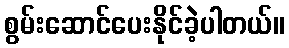
စွမ်းဆောင်ပေးနိုင်ခဲ့ပါတယ်။